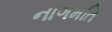
નાગમતિ